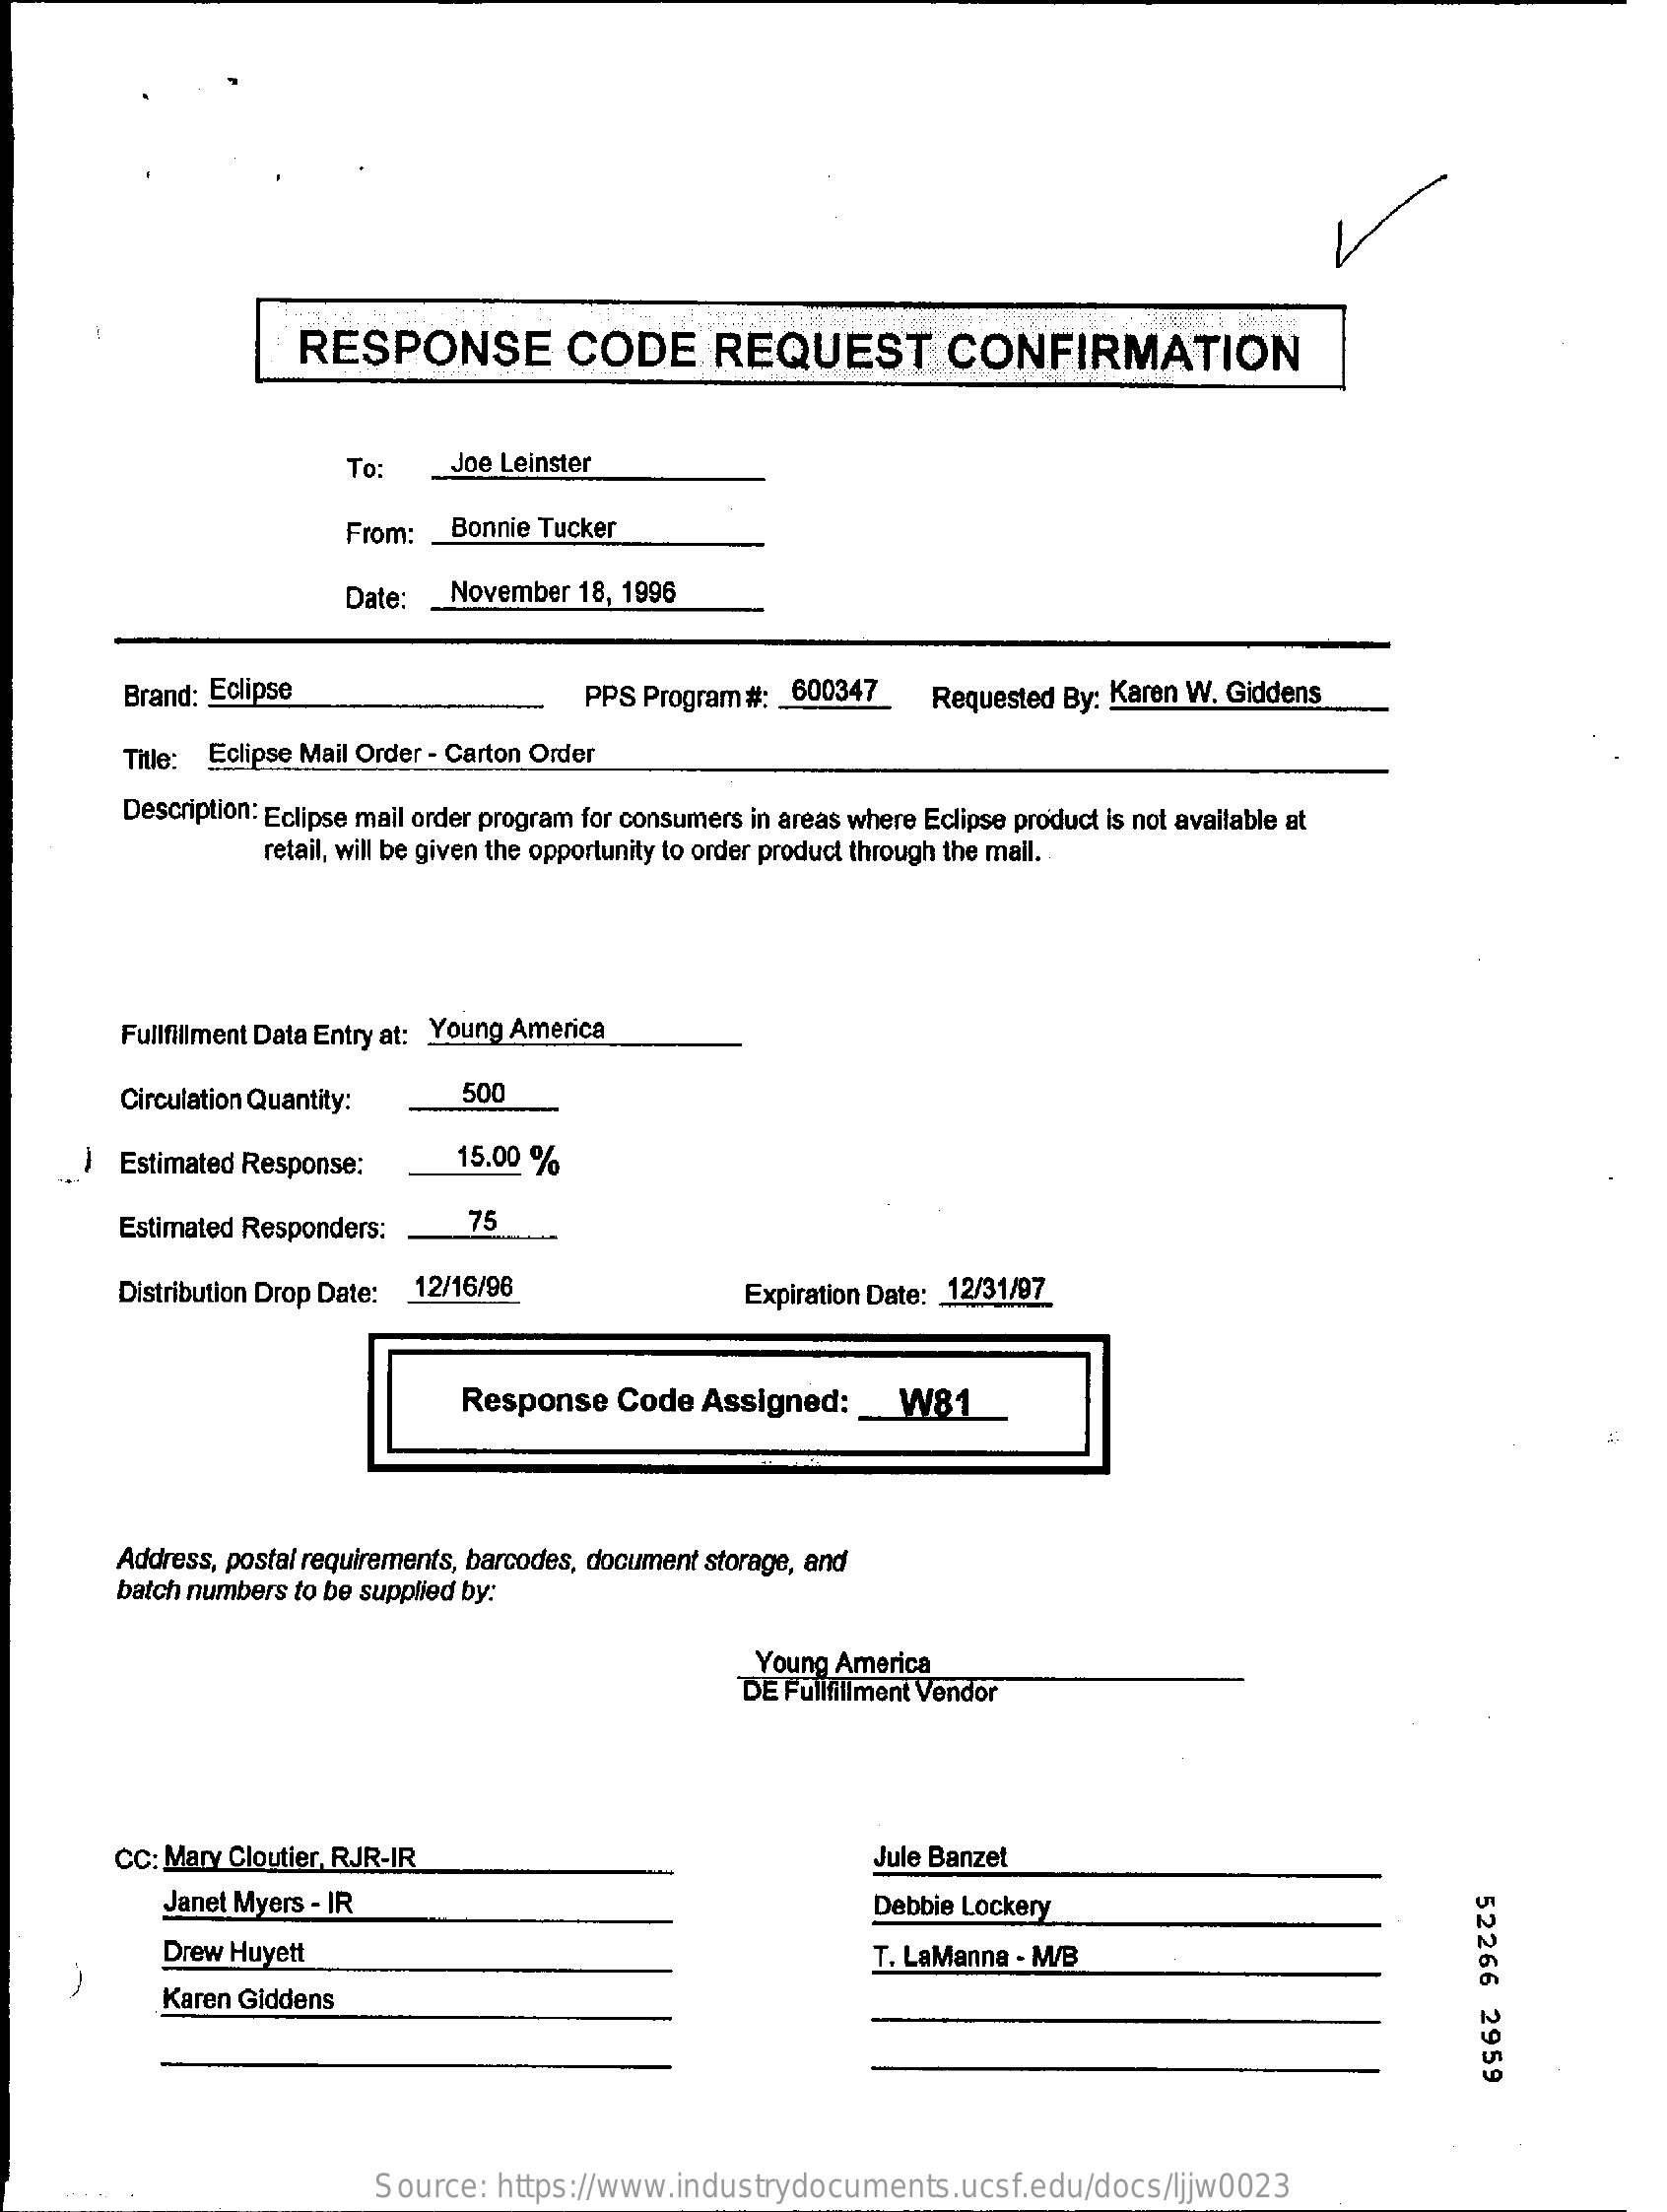
RESPONSE    CODE    REQUEST    CONFIRMATION
     To:    Joe Leinster
     From: _ Bonnie Tucker
     Date:   November 18, 1996
     Brand: Eclipse    PPS Program #: 600347    Requested By: Karen W. Giddens
     Title: Eclipse Mail Order - Carton Order
     Description: Eclipse mail order program for consumers in areas where Eclipse product is not available at
     retail, will be given the opportunity to order product through the mail.
     Fullfillment Data Entry at: Young America
     Circulation Quantity:    500
     Estimated Response:    15.00 %
     Estimated Responders:    75
     Distribution Drop Date: 12/16/96    Expiration Date: 12/31/97
     Response   Code  Assigned:   _  W81
     Address, postal requirements, barcodes, document storage, and
     batch numbers to be supplied by:
     Young America
     DE Fullfillment Vendor
     CC: Mary Cloutier, RJR-IR    Jule Banzet
     Janet Myers - IR    Debbie Lockery
     52266
     2959
     Drew Huyett    T. LaManna - M/B
     Karen Giddens
     Source:  https://www.industrydocuments.ucsf.edu/docs/ljjw0023